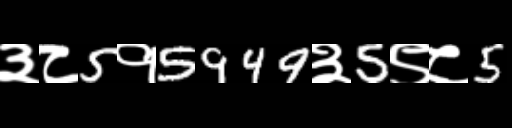
Text: ३८5१5949३5९८5